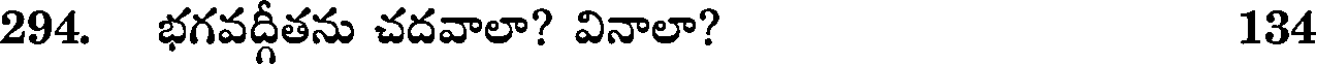
294. భగవద్గీతను చదవాలా? వినాలా? 134